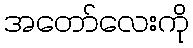
အတော်လေးကို